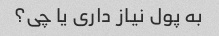
به پول نیاز داری یا چی؟